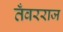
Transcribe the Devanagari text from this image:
तँवरराज